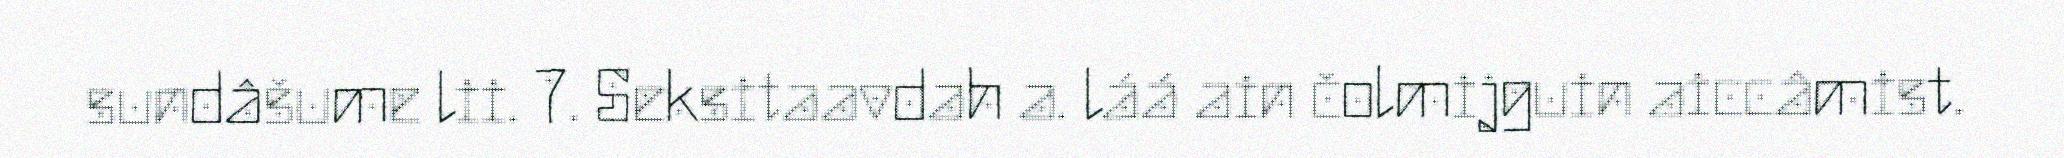
sundâšume lii. 7. Seksitaavdah a. láá ain čolmijguin aiccâmist.